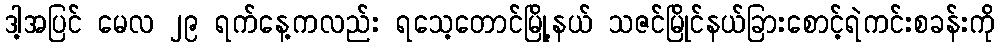
ဒါ့အပြင် မေလ ၂၉ ရက်နေ့ကလည်း ရသေ့တောင်မြို့နယ် သဇင်မြိုင်နယ်ခြားစောင့်ရဲကင်းစခန်းကို